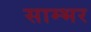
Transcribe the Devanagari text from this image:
साम्‍भर